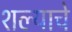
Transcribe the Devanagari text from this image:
शल्याचे